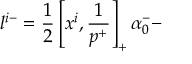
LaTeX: l ^ { i - } = \frac { 1 } { 2 } \left[ x ^ { i } , \frac { 1 } { p ^ { + } } \right] _ { + } \alpha _ { 0 } ^ { - } -